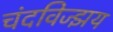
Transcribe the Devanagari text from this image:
चंदविज्झय